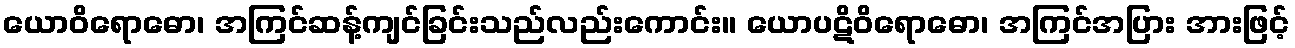
ယောဝိရောဓော၊ အကြင်ဆန့်ကျင်ခြင်းသည်လည်းကောင်း။ ယောပဋိဝိရောဓော၊ အကြင်အပြား အားဖြင့်